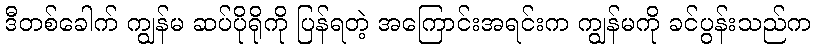
ဒီတစ်ခေါက် ကျွန်မ ဆပ်ပိုရိုကို ပြန်ရတဲ့ အကြောင်းအရင်းက ကျွန်မကို ခင်ပွန်းသည်က